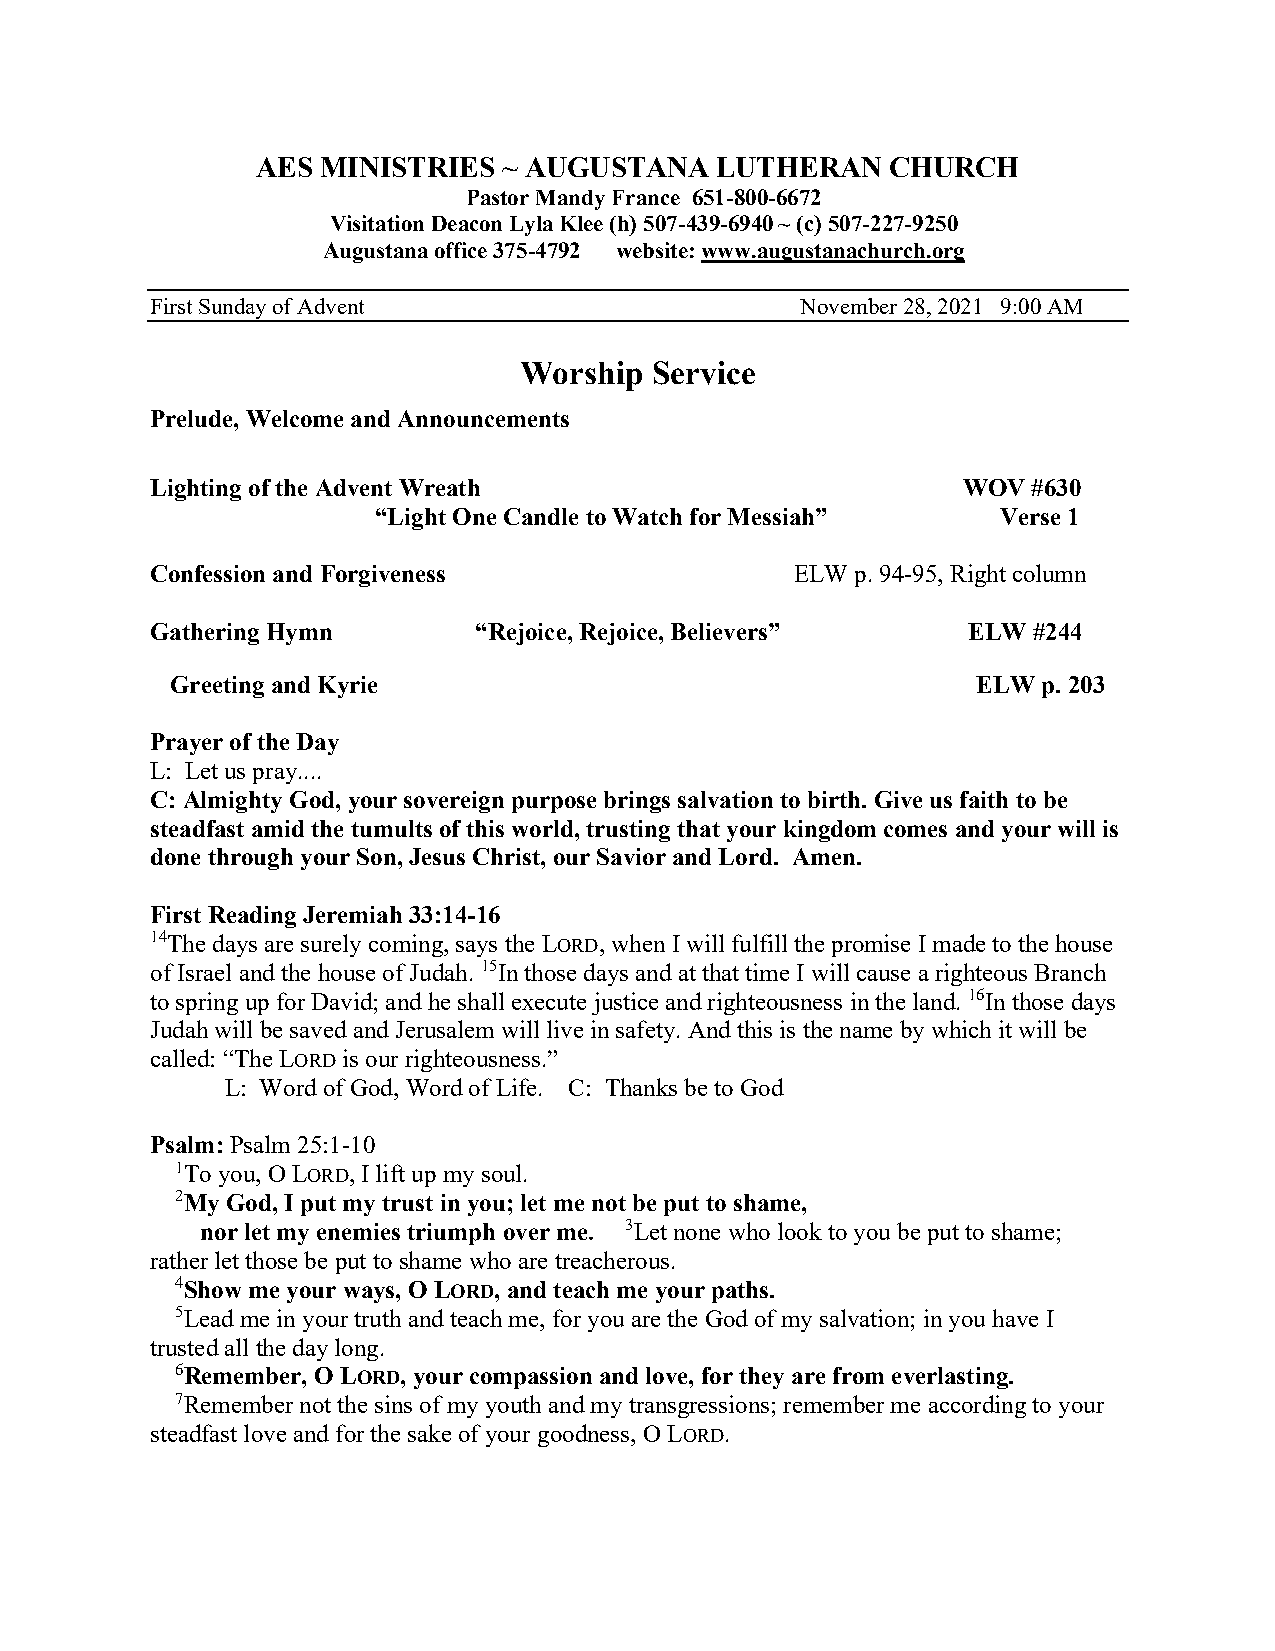
AES MINISTRIES  ~ AUGUSTANA   LUTHERAN    CHURCH
 Pastor Mandy France 651-800-6672
 Visitation Deacon Lyla Klee (h) 507-439-6940 ~ (c) 507-227-9250
 Augustana office 375-4792 website: www.augustanachurch.org
 First Sunday of Advent                     November 28, 2021 9:00 AM
 Worship  Service
 Prelude, Welcome and Announcements
 Lighting of the Advent Wreath                         WOV #630
 “Light One Candle to Watch for Messiah”  Verse 1
 Confession and Forgiveness                 ELW p. 94-95, Right column
 Gathering Hymn       “Rejoice, Rejoice, Believers”    ELW #244
 Greeting and Kyrie                                    ELW p. 203
 Prayer of the Day
 L: Let us pray....
 C: Almighty God, your sovereign purpose brings salvation to birth. Give us faith to be
 steadfast amid the tumults of this world, trusting that your kingdom comes and your will is
 done through your Son, Jesus Christ, our Savior and Lord. Amen.
 First Reading Jeremiah 33:14-16
 14The days are surely coming, says the LORD, when I will fulfill the promise I made to the house
 of Israel and the house of Judah. 15In those days and at that time I will cause a righteous Branch
 to spring up for David; and he shall execute justice and righteousness in the land. 16In those days
 Judah will be saved and Jerusalem will live in safety. And this is the name by which it will be
 called: “The LORD is our righteousness.”
 L: Word of God, Word of Life. C: Thanks be to God
 Psalm: Psalm 25:1-10
 1To you, O LORD, I lift up my soul.
 2My God, I put my trust in you; let me not be put to shame,
 nor let my enemies triumph over me. 3Let none who look to you be put to shame;
 rather let those be put to shame who are treacherous.
 4Show me your ways, O LORD, and teach me your paths.
 5Lead me in your truth and teach me, for you are the God of my salvation; in you have I
 trusted all the day long.
 6Remember, O LORD, your compassion and love, for they are from everlasting.
 7Remember not the sins of my youth and my transgressions; remember me according to your
 steadfast love and for the sake of your goodness, O LORD.